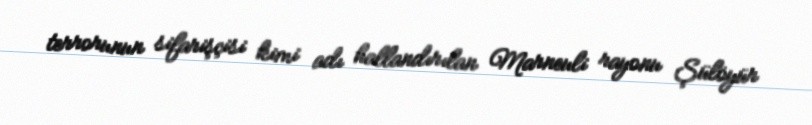
terrorunun sifarişçisi kimi adı hallandırılan Marneuli rayonu Şülöyür